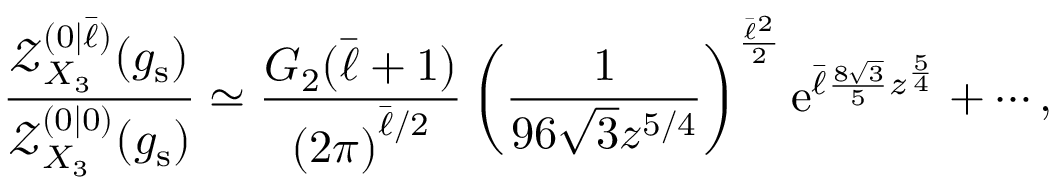
\frac { \mathcal { Z } _ { X _ { 3 } } ^ { ( 0 | \bar { \ell } ) } ( g _ { \mathrm { s } } ) } { \mathcal { Z } _ { X _ { 3 } } ^ { ( 0 | 0 ) } ( g _ { \mathrm { s } } ) } \simeq \frac { G _ { 2 } ( \bar { \ell } + 1 ) } { \left( 2 \pi \right) ^ { \bar { \ell } / 2 } } \left( \frac { 1 } { 9 6 \sqrt { 3 } z ^ { 5 / 4 } } \right) ^ { \frac { \bar { \ell } ^ { 2 } } { 2 } } { \mathrm { e } } ^ { \bar { \ell } \frac { 8 \sqrt { 3 } } { 5 } z ^ { \frac { 5 } { 4 } } } + \cdots ,